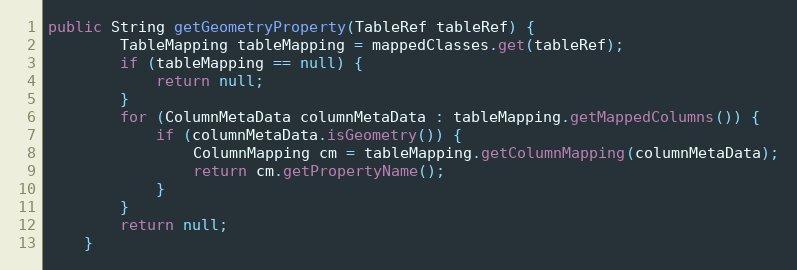
Language: Java
public String getGeometryProperty(TableRef tableRef) {
        TableMapping tableMapping = mappedClasses.get(tableRef);
        if (tableMapping == null) {
            return null;
        }
        for (ColumnMetaData columnMetaData : tableMapping.getMappedColumns()) {
            if (columnMetaData.isGeometry()) {
                ColumnMapping cm = tableMapping.getColumnMapping(columnMetaData);
                return cm.getPropertyName();
            }
        }
        return null;
    }